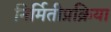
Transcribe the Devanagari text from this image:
निर्मितीप्रक्रिया